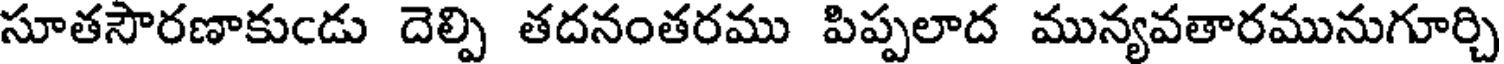
సూతసౌరణాకుండు దెల్పి తదనంతరము పిప్పలాద మున్యవతారమునుగూర్చి